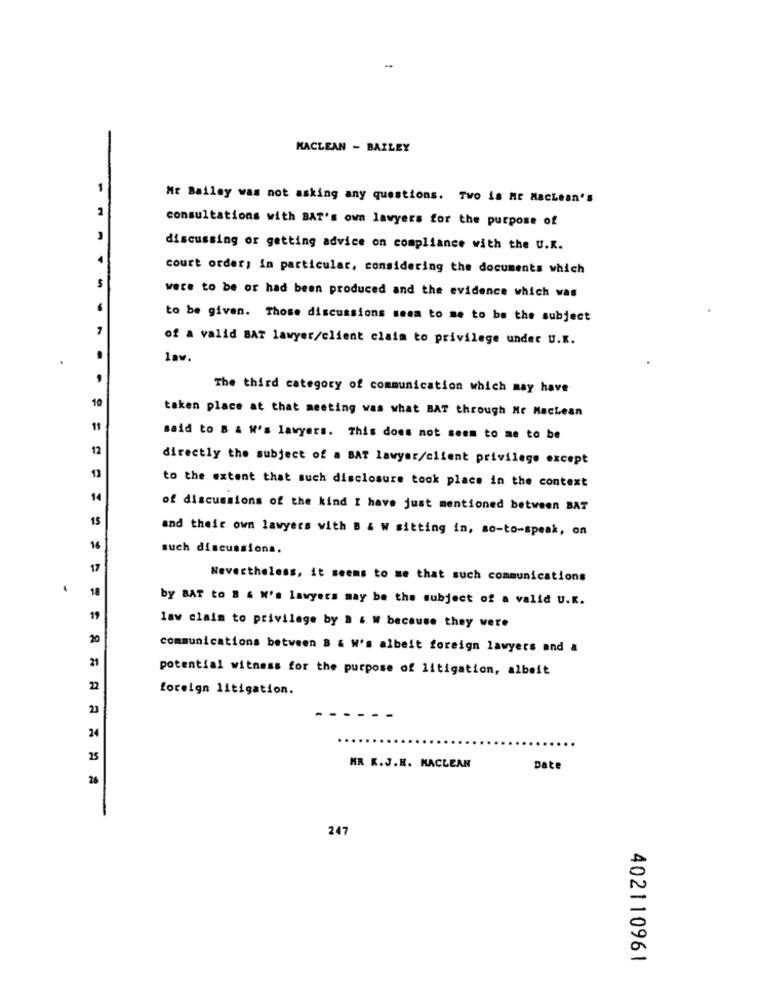
MACLEAN - BAILEY
1
Mr Bailey was not asking any questions. Two is Mr Maclean's
consultations with BAT's own lawyers for the purpose of
discussing or getting advice on compliance with the U.K.
court order; in particular, considering the documents which
were to be or had been produced and the evidence which was
-
to be given. Those discussions seem to me to be the subject
of a valid BAT lawyer/client claim to privilege under U.K.
law.
The third category of communication which may have
10
taken place at that meeting was what BAT through Me MacLean
11
said to B & W's lawyers. This does not seem to me to be
12
directly the subject of a BAT lawyer/client privilege except
13
to the extent that such disclosure took place in the context
14
of discussions of the kind I have just mentioned between BAT
15
and their own lawyers with B & W sitting in, so-to-speak, on
16
such discussions.
17
Nevertheless, it seems to me that such communications
18
by BAT to B & W's lawyers may be the subject of a valid U.K.
19
law claim to privilege by B & W because they were
20
communications between B & W's albeit foreign lawyers and a
21
potential witness for the purpose of litigation, albeit
22
foreign litigation.
23
24
25
MR K.J.H. MACLEAN
Date
26
247
402110961